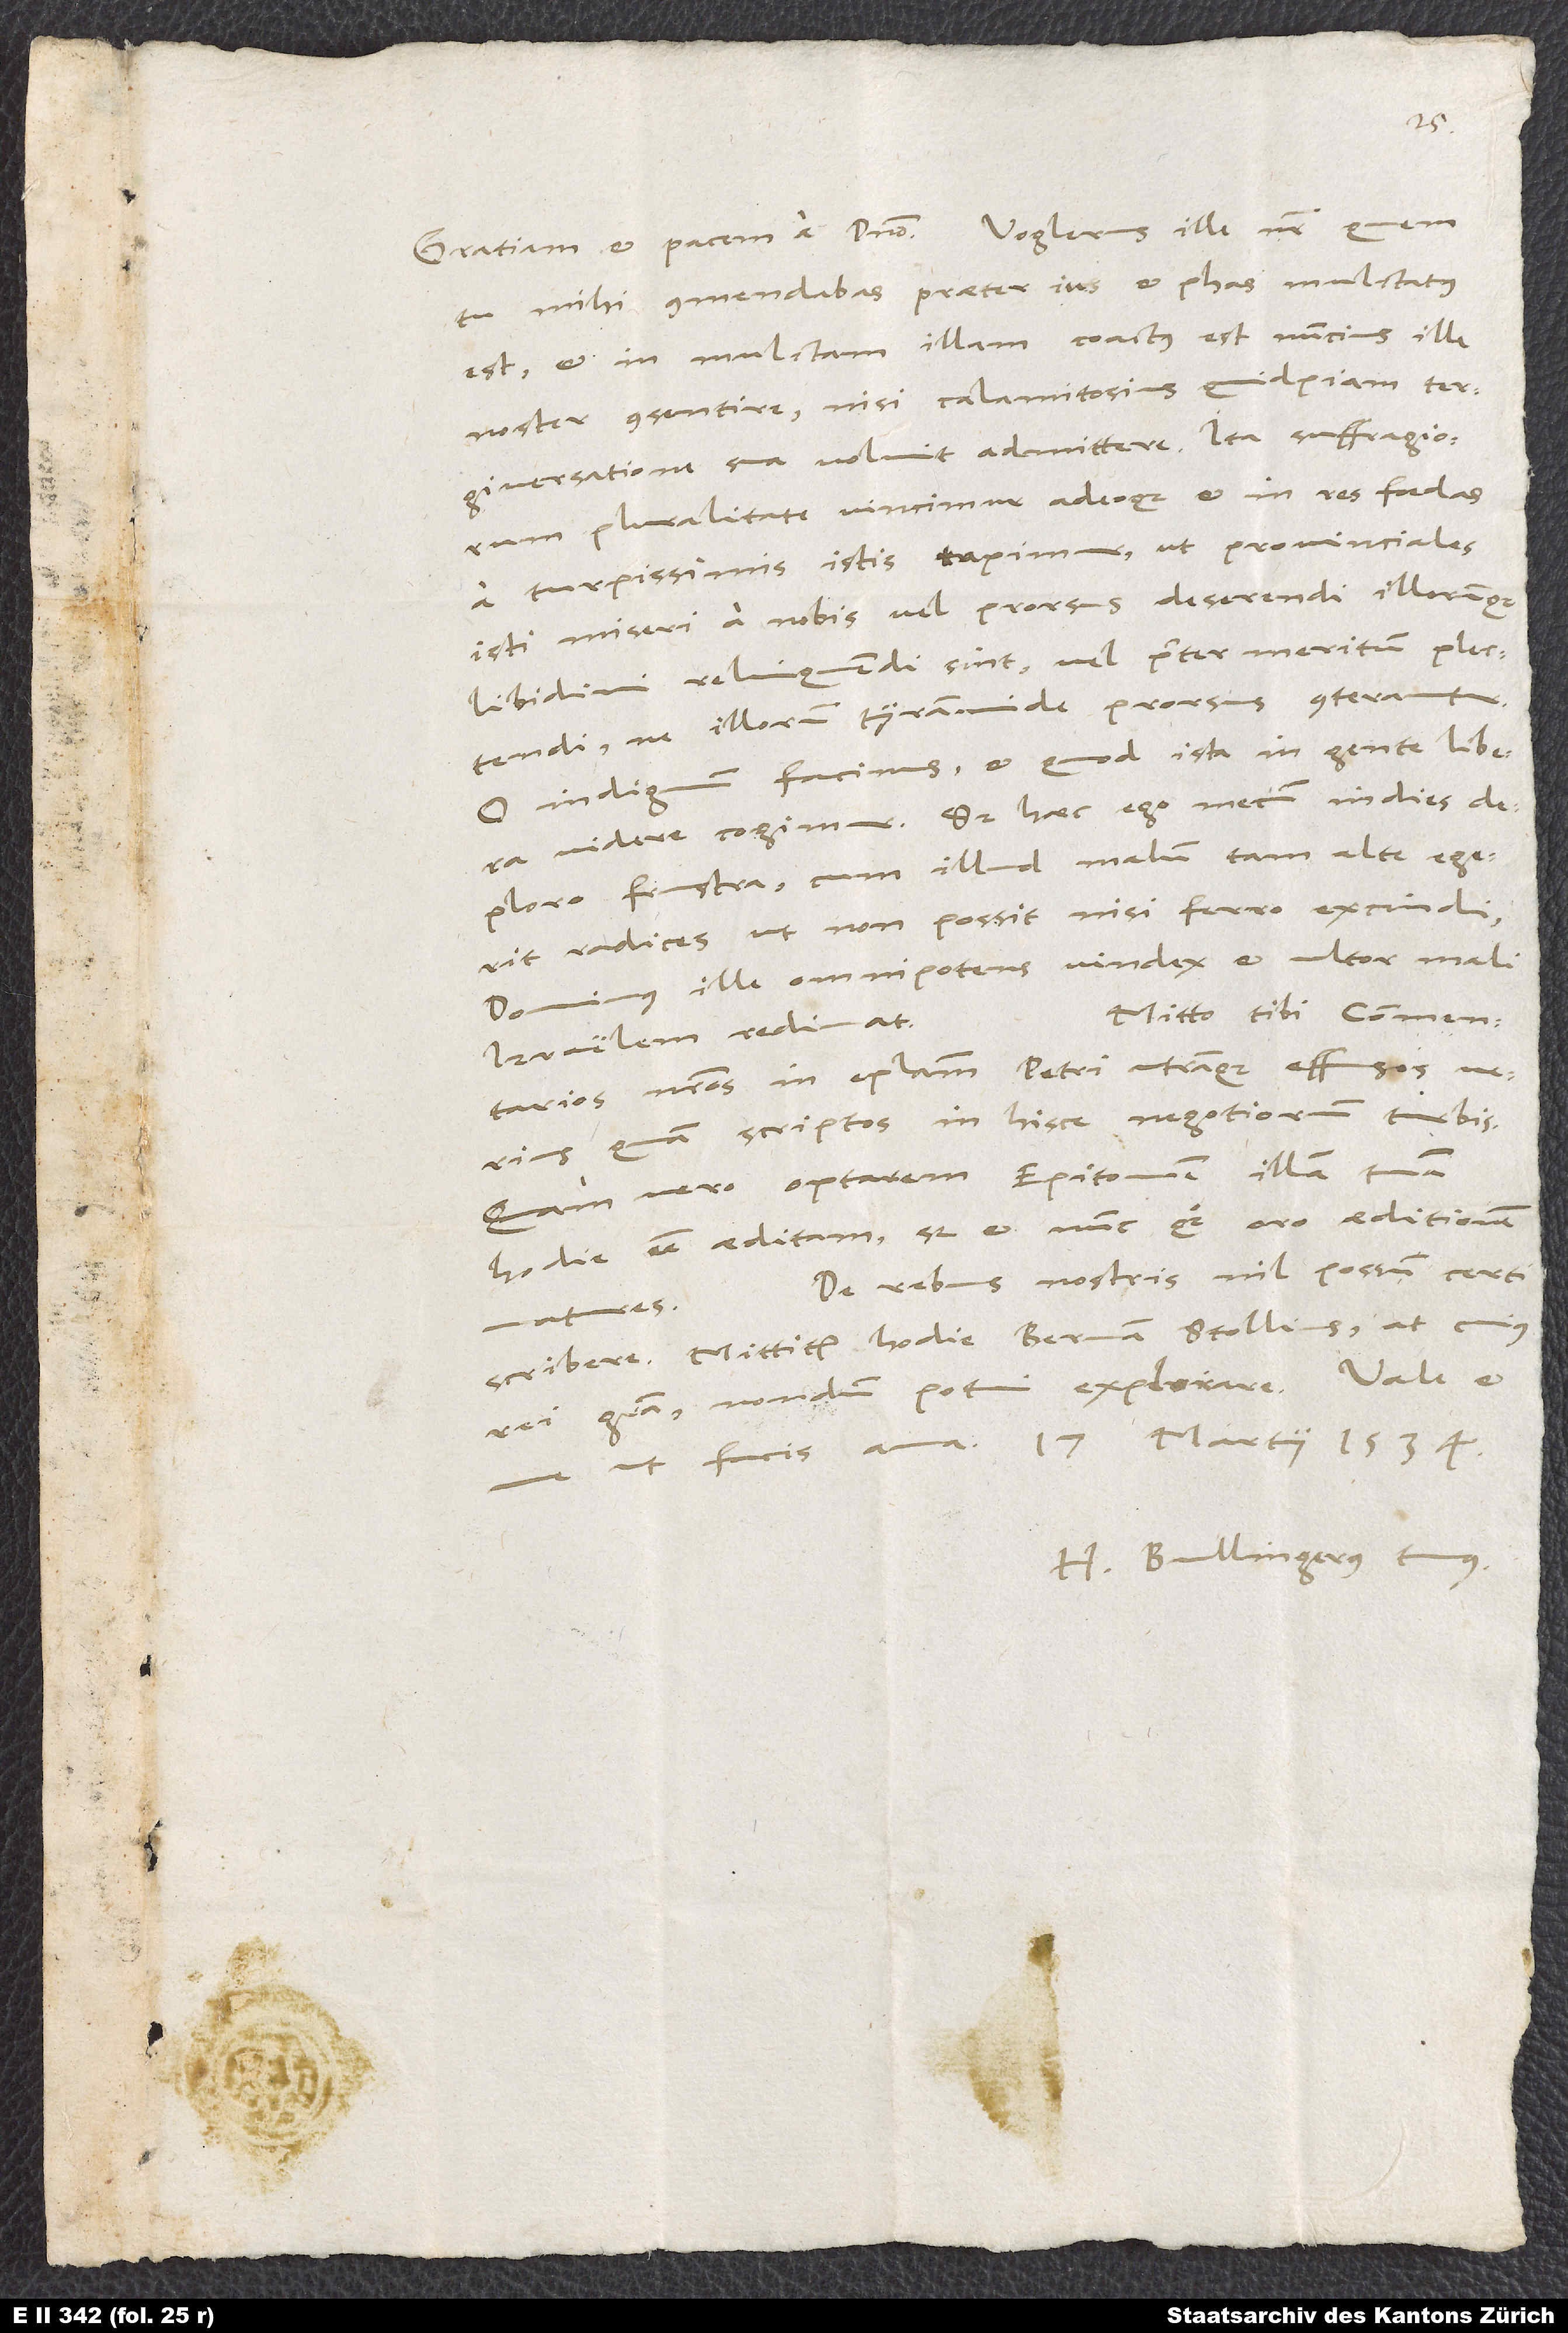
tu mihi commendabas, praeter ius et phas mulctatus
est, et in mulctam illam coactus est nuncius ille
noster consentire, nisi calamitosius quidpiam
tergiversatione sua voluit admittere. Ita suffragiorum
pluralitate vincimur adeoque et in res foedas
a turpissimis istis rapimur, ut provinciales
isti miseri a nobis vel prorsus deserendi illorumque
libidini relinquendi sint vel praeter meritum plectendi,
ne illorum tyrannide prorsus conterantur.
O indignum facinus, et quod ista in gente libera
videre cogimur. Sed haec ego mecum in dies
deploro frustra, cum illud malum tam alte egerit
radices, ut non possit nisi ferro excindi
Dominus, ille omnipotens vindex et ultor mali,
Mitto tibi commentarios
Israelem redimat.
nostros in epistolam Petri utramque effusos verius
quam scriptos in hisce negotiorum turbis.
Quam vero optarem Epitomen illam tuam
hodie esse aeditam! Sed et nunc quoque oro, aeditionem
De rebus nostris nil possum certi
matures.
scribere. Mittitur hodie Bernam Stollius, at cuius
rei gratia, nondum potui expiorare.
H. Bullingerus tuus.